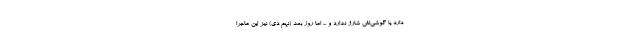
دارد یا گوشی‌اش شارژ ندارد و ... اما روز بعد (نهم دی) نیز این ماجرا